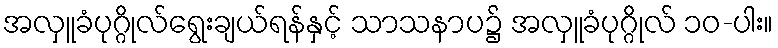
အလှူခံပုဂ္ဂိုလ်ရွေးချယ်ရန်နှင့် သာသနာပ၌ အလှူခံပုဂ္ဂိုလ် ၁၀-ပါး။